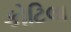
કોટિલા